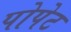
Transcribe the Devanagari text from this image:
पोपेट